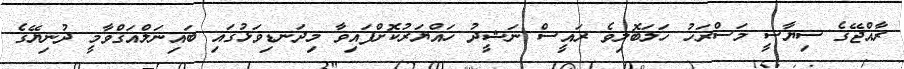
ރާއްޖޭގެ ސިޔާސީ މަސްރަހު ހަލަބޮލިވެ ރައީސް ނަޝީދު ހައްޔަރުކޮށްފައިވާ މިދަނޑިވަޅުގައި ބައިނަލްއަޤްވާމީ ދުނިޔޭގެ